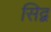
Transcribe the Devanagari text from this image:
सिद्ब